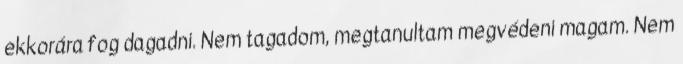
ekkorára fog dagadni. Nem tagadom, megtanultam megvédeni magam. Nem